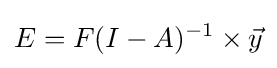
E=F(I-A)^{-1}\times {\vec {y}}